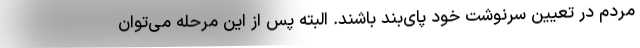
مردم در تعیین سرنوشت خود پای‌بند باشند. البته پس از این مرحله می‌توان